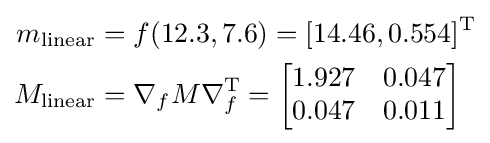
{\begin{aligned}m_{\text{linear}}&=f(12.3,7.6)=[14.46,0.554]^{\mathrm {T} }\\M_{\text{linear}}&=\nabla _{f}M\nabla _{f}^{\mathrm {T} }={\begin{bmatrix}1.927&0.047\\0.047&0.011\end{bmatrix}}\end{aligned}}